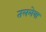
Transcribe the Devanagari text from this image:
तललेया